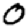
Digit: 0